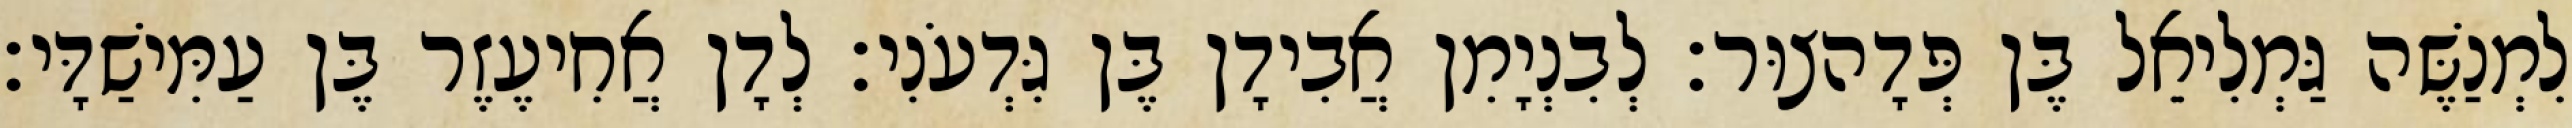
לִמְנַשֶּׁה גַּמְלִיאֵל בֶּן פְּדָהצוּר׃ לְבִנְיָמִן אֲבִידָן בֶּן גִּדְעֹנִי׃ לְדָן אֲחִיעֶזֶר בֶּן עַמִּישַׁדָּי׃